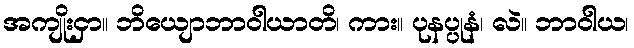
အကျိုးငှာ။ ဘိယျောဘာဝါယာတိ၊ ကား။ ပုနပ္ပုနံ၊ လဲ။ ဘာဝါယ၊